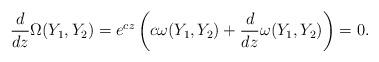
LaTeX: \begin{align*}\frac{d}{dz}\Omega(Y_1,Y_2)=e^{cz}\left(c\omega(Y_1,Y_2)+\frac{d}{dz}\omega(Y_1,Y_2)\right)=0.\end{align*}